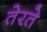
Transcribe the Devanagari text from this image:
तेरते